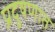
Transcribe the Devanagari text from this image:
प्रदुषणात